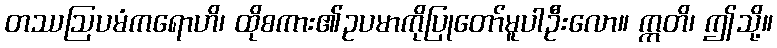
တဿဩပမံကရောဟိ၊ ထိုစကား၏ဥပမာကိုပြုတော်မူပါဦးလော။ ဣတိ၊ ဤသို့။